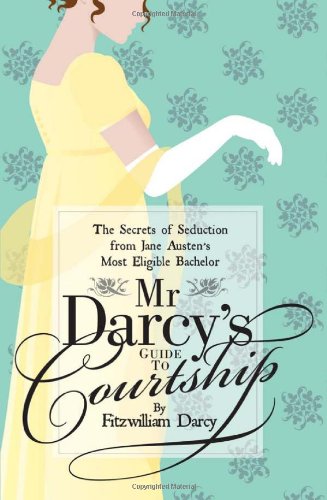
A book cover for Mr Darcy's Guide to Courtship: The Secrets of Seduction from Jane Austen's Most Eligible Bachelor; Fitzwilliam Darcy; Literature & Fiction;